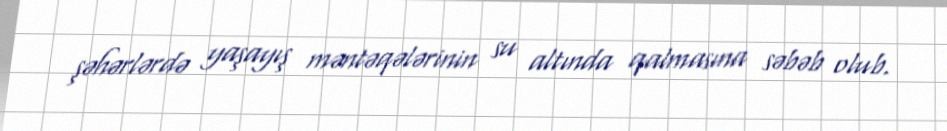
şəhərlərdə yaşayış məntəqələrinin su altında qalmasına səbəb olub.